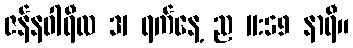
ဇန်နဝါရီလ 31 ရက်နေ့ ည 11:59 နာရီ။